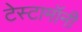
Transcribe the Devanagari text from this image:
टेस्टामॉनी